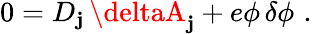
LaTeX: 0=D_{\mathbf{j}}\, \deltaA_{\mathbf{j}}+e\phi\, \delta\phi\, \, .